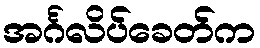
အင်္ဂလိပ်ခေတ်က